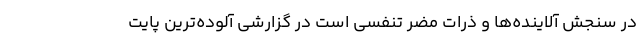
در سنجش آلاینده‌ها و ذرات مضر تنفسی است در گزارشی آلوده‌ترین پایت